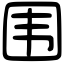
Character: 围